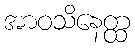
အာဝသိနေတ္ထ